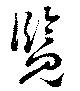
覽